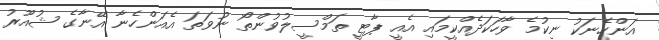
އަންހެނަކު ނިކުމެ ވާހަކަދެއްކީމައި އެއީ ޕާޓީ ތަމްސީލުވުންތޯ ނުވަތަ އެއަންހެނާ އޭނާގެ ޝުއޫރު